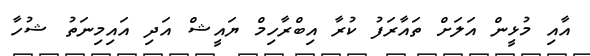
އާއި މުޅީން އަލަށް ތައާރަފު ކުރާ އިބްރާހިމް ޔައީޝް އަދި އައިމިނަތު ޝުހާ